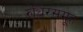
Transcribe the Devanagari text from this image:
रुधिरसमूह